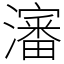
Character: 瀋